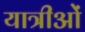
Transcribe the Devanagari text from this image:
यात्रीओं